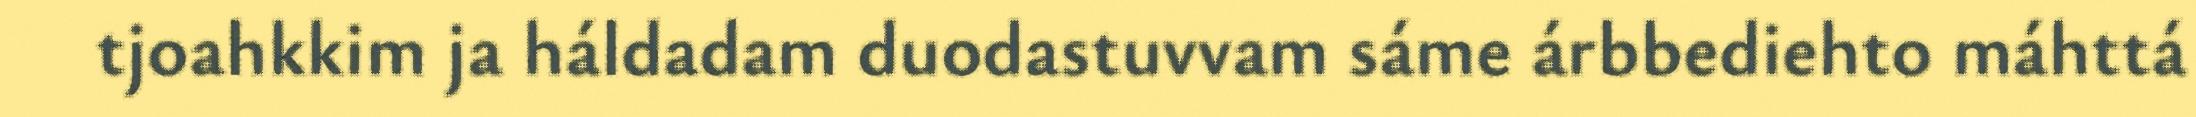
tjoahkkim ja háldadam duodastuvvam sáme árbbediehto máhttá